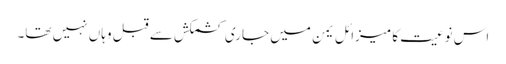
اس نوعیت کا میزائل یمن میں جاری کشمکش سے قبل وہاں نہیں تھا۔